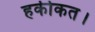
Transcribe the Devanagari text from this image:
हकीकत।